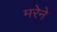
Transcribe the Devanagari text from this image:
मरेने